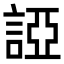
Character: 䛩